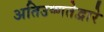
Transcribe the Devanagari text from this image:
अतिउष्णतेद्वारे